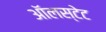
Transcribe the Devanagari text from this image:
ऑलस्टेट